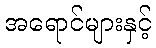
အရောင်များနှင့်